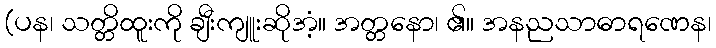
(ပန၊ သတ္တိထူးကို ချီးကျူးဆိုအံ့။ အတ္တနော၊ ၏။ အနညသာဓာရဏေန၊